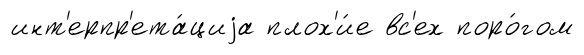
инт'ерпр'ета́циjа плох'и́е вс'ех поро́гом